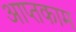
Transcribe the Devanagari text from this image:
आप्तकाम